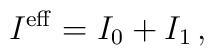
I^{\rm eff} = I_0 + I_1 \, ,